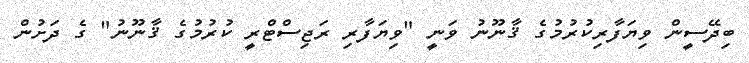
ބިދޭސީން ވިޔަފާރިކުރުމުގެ ޤާނޫނު ވަނީ "ވިޔަފާރި ރަޖިސްޓްރީ ކުރުމުގެ ޤާނޫނު" ގެ ދަށުން